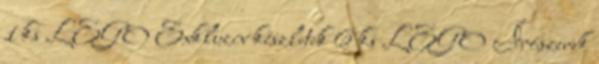
1 ks LEGO Exkluzív készletek 6 ks LEGO Írószerek